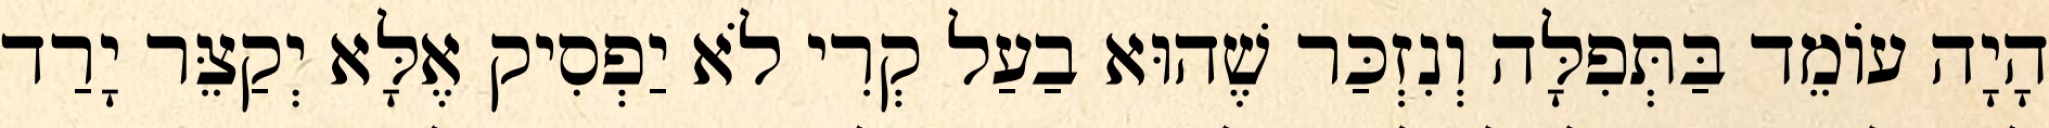
הָיָה עוֹמֵד בַּתְּפִלָּה וְנִזְכַּר שֶׁהוּא בַעַל קְרִי לֹא יַפְסִיק אֶלָּא יְקַצֵּר יָרַד